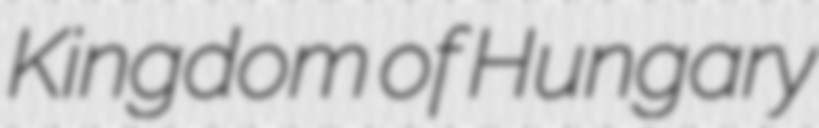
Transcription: Kingdom of Hungary